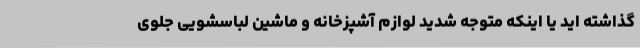
گذاشته اید یا اینکه متوجه شدید لوازم آشپزخانه و ماشین لباسشویی جلوی